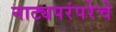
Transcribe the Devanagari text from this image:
नाट्यपरंपरेचे